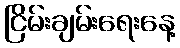
ငြိမ်းချမ်းရေးနေ့